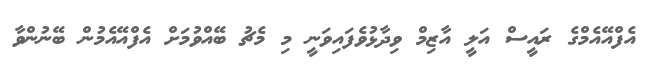
އެފްއޭއެމްގެ ރައީސް އަލީ އާޒިމް ވިދާޅުވެފައިވަނީ މި މެޗު ބޭއްވުމަށް އެފްއޭއެމުން ބޭނުންވާ